King Institute of Preventive Medicine Micro-Biological Section reports 1912-19
Year: 1912
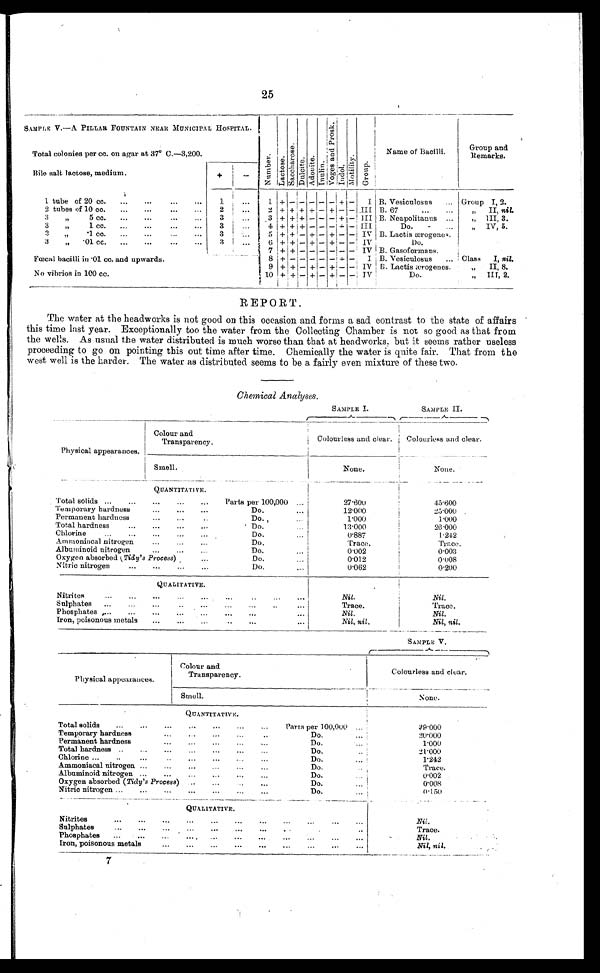
25
SAMPLEE V.—A PILLAR FOUNTAIN NEAR MUNICIPAL HOSPITAL.
N u m b e r . L a c t o s e .
S a c c h a r o s e .
Dul ci t e. Adoni t e. I nul i n.
V o g e s a n d P r o s k .
Indol.
Motility.
Gr oup.
Name of Bacilli.
Group and
remarks.
Total colonies per cc. on agar at 37° C.—3,200.
Bile salt lactose, medium.
+
-
'
1 t u b e o f 2 0 c c .
1
...
1 + - -
- -
- +
- I B. Vesiculosus
Group I, 2.
2 tubes of 10 cc.
2
...
2 + + +
+ -
+ -
-
I I I B. 67
,,II, nil.
3 5 cob.
3
...
...
3 + + + - -
- + +
I I I B. Neapolitanus
„
111, 3.
,
3
,,
1 cc. ..
3
...
...
_ 4 + + + - - - + - III
Do.
,, IV , 5.
3
+1 cc. ... ... ... ... 6 7
.)
-...
5 + + - - -- - - - IV B. Lactis ierogene7,
3
• 01 cc.
3
...
...
6 + + - + -
- -
- IV
Do.
,
„
7 + + - - -
- - - IV I B. Gasoforrnans.
....
Faecal bacilli in _
'01 cc. and upwards.
.
8 + - - - -
- - - I. ,B. Vesiculosus ... : Class I, nil.
9 + + - + -
+ - - IV B. Lactic icrogenes.
„ II, 8.
No vibrios in 100 cc.
10 + +
-
+ -
+ - - IV
Do.
„ III, 2.
REPORT.
The water at the headworks is not good on this occasion and forms a sad contrast to the state of affairs
this time last year. Exceptionally too the water from the Collecting Chamber is not so good as that from
the wells. As usual the water distributed is much worse than that at headwords, but it seems rather useless
proceeding to go on pointing this out time after time. Chemically the water is quite fair. That from the
west well is the harder. The water as distributed seems to he a fairly even mixture of these two.
Chemical Analyses.
SAMPLE I.
SAMPLE II.
Physical appearances.
Colour and
Transparency.'
Colourless and clear.
Colourless and clear.
Smell.
None.
None.
QUANTITATE yr.
Total solids
Parts per 100,000
2 7 . 6 0 0
45.600
Temporary hardness
Do.
12.000
25.000
Permanent hardness
D o .
1.000
1.000
Total hardness
D o .
1 3 . 0 0 0
12.000
Chlorine
Do.
0 . 8 8 7
1.212
Ammoniacal nitrogen
Do.
Trace.
Trace.
Albuuinoid nitrogen
Do.
0.002
0.003
Oxygen absorbed ( Tidp's Process)
Do
0.012
0 . 0 0 8
Nitric nitrogen
Do.
0.002
0.200
QUALITATIVE.
.
Nitrites
Nil.
Nil.
Sulphates
Trace.
Trace.
Phosphates
Nil.
Nil.
Iron, poisonous metals
Nil, nil.
Nil, nil.
SAMPLE V.
Physical appearances.
Colour and
Transparency.
Colourless and clear.
Smell.
None.
QUANTITATIVE.
Total solids
Parts per 100,000 ...
39.000
Temporary hardness
Do.
...
20.000
Permanent hardness
Do.
...
1.000
Total hardness
Do.
..
2 1 . 0 0 0
Chlorine
Do.
...
1 . 2 4 2
Ammoniacal nitrogen
Do.
..
Trace.
Albuminoid nitrogen
Do.
...
0.002
Oxygen absorbed (Tidp's Process)
Do.
...
0 . 0 0 8
Nitric nitrogen
Do.
...
0 . 1 5 0
QUALITATIVE.
Nitrites
Nil.
Sulphates
Trace.
Phosphates
Nil.
Iron, poisonous metals
Nil, nil.
7